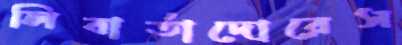
লিবার্তাদোরেস